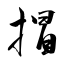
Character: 𢯾